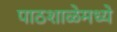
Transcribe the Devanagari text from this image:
पाठशाळेमध्ये